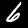
Digit: 6